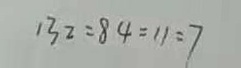
1 3 2 : 8 4 = 1 1 : 7